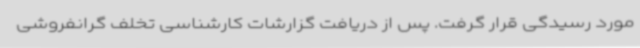
مورد رسیدگی قرار گرفت. پس از دریافت گزارشات کارشناسی تخلف گرانفروشی